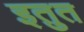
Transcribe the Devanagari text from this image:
इतुत